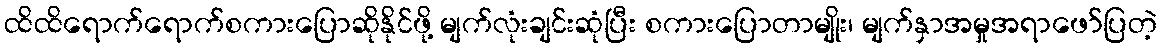
ထိထိရောက်ရောက်စကားပြောဆိုနိုင်ဖို့ မျက်လုံးချင်းဆုံပြီး စကားပြောတာမျိုး၊ မျက်နှာအမှုအရာဖော်ပြတဲ့